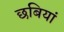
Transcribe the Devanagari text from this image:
छबियां